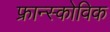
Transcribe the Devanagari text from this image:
फ्रान्स्कोविक